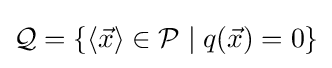
{\mathcal {Q}}=\{\langle {\vec {x}}\rangle \in {\mathcal {P}}\mid q({\vec {x}})=0\}